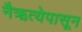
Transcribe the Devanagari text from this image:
नैऋत्येपासून